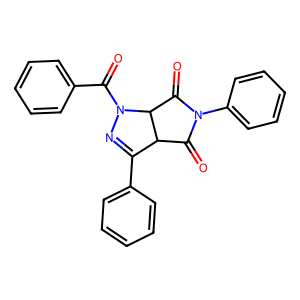
SMILES: O=C1C2C(c3ccccc3)=NN(C(=O)c3ccccc3)C2C(=O)N1c1ccccc1
Inhibits HIV replication: No